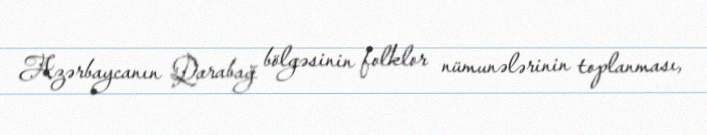
Azərbaycanın Qarabağ bölgəsinin folklor nümunələrinin toplanması,